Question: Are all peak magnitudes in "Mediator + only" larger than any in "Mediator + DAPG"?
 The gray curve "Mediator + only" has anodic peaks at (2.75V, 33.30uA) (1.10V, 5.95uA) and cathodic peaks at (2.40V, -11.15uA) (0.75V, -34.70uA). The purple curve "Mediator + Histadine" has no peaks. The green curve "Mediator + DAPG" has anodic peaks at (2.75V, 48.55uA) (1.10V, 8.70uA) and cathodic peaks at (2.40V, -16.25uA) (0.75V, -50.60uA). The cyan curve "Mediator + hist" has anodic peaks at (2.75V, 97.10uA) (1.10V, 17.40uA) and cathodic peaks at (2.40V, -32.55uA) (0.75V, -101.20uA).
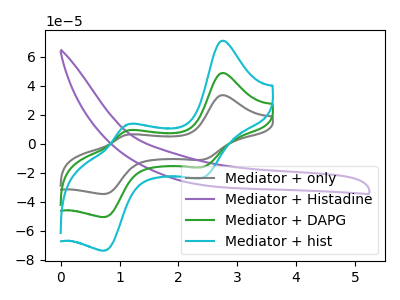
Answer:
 <answer>Every peak in "Mediator + only" is lower than every peak in "Mediator + DAPG".</answer>
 <eval>lower</eval>